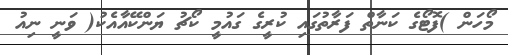
މޯހަން )ފޮޓޯގެ ކަނާތް ފަރާތުގައި ކުރީގެ ގައުމީ ކޯޗު ޔަންކޭއާއެކު( ވަނީ ނިއު